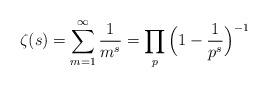
LaTeX: \begin{align*} \zeta(s)=\sum_{m=1}^\infty \frac{1}{m^s}=\prod_{p}\Big(1-\frac{1}{p^s}\Big)^{-1} \end{align*}